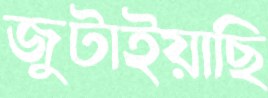
জুটাইয়াছি